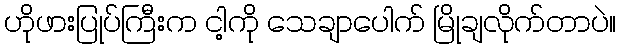
ဟိုဖားပြုပ်ကြီးက ငါ့ကို သေချာပေါက် မြိုချလိုက်တာပဲ။